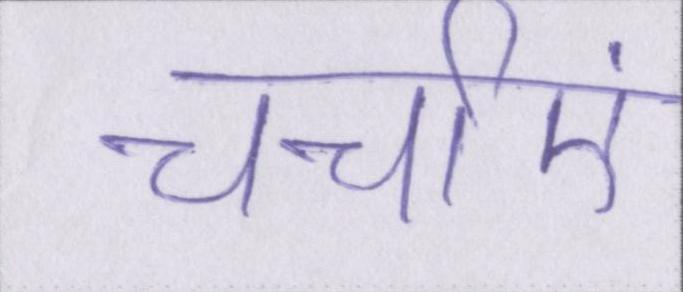
चर्चाएं